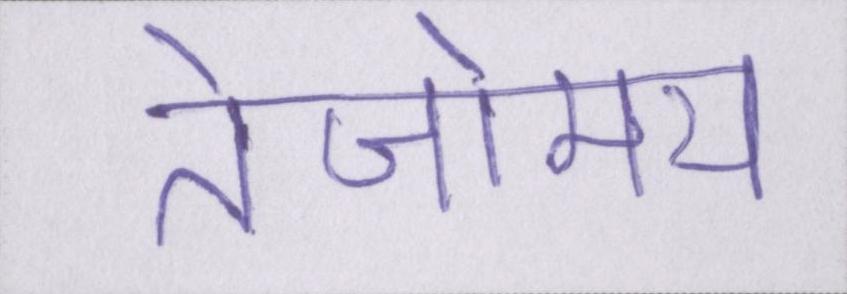
तेजोमय